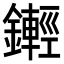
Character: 𨮫